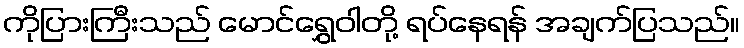
ကိုပြားကြီးသည် မောင်ရွှေဝါတို့ ရပ်နေရန် အချက်ပြသည်။